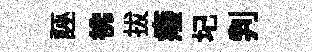
誣彿拔癈圮判